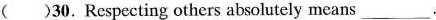
( )30.Respecting others absolutely means___.